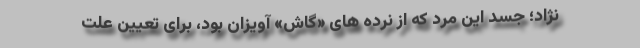
نژاد؛ جسد این مرد که از نرده های «گاش» آویزان بود، برای تعیین علت